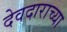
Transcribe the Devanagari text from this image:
देवदाराच्या